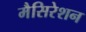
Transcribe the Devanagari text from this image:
मैसिरेशन